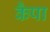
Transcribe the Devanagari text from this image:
कैपा